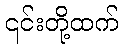
၎င်းတို့ထက်